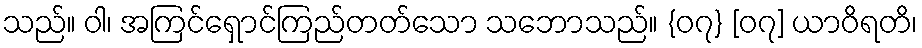
သည်။ ဝါ၊ အကြင်ရှောင်ကြည်တတ်သော သဘောသည်။ {၀၇} [၀၇] ယာဝိရတိ၊